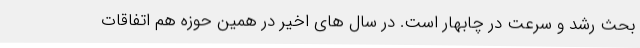
بحث رشد و سرعت در چابهار است. در سال های اخیر در همین حوزه هم اتفاقات